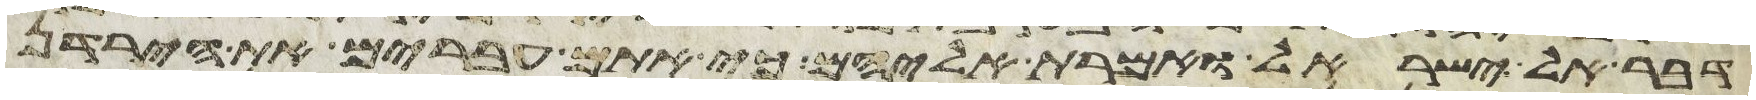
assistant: דבר אל בני ישראל ואמרת אליהם כי אתם עברים את הירדן